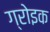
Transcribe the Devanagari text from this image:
ग्रोइक